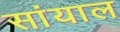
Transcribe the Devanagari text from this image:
सांयाल